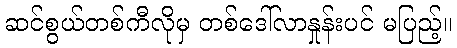
ဆင်စွယ်တစ်ကီလိုမှ တစ်ဒေါ်လာနှုန်းပင် မပြည့်။